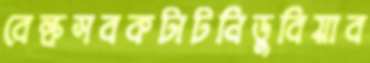
বেল্কসবকটাটনিডুবিয়াব